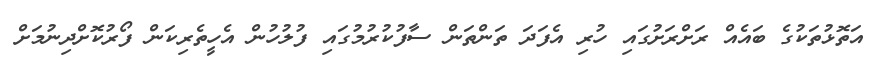
އަތޮޅުތަކުގެ ބައެއް ރަށްރަށުގައި ހުރި އެފަދަ ތަންތަން ސާފުކުރުމުގައި ފުލުހުން އެހީތެރިކަން ފޯރުކޮށްދިނުމަށް